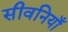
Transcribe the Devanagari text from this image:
सीवनियाँ